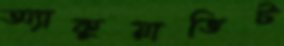
অ্যাকুয়াভিট